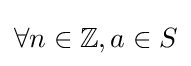
\forall n\in \mathbb {Z} ,a\in S